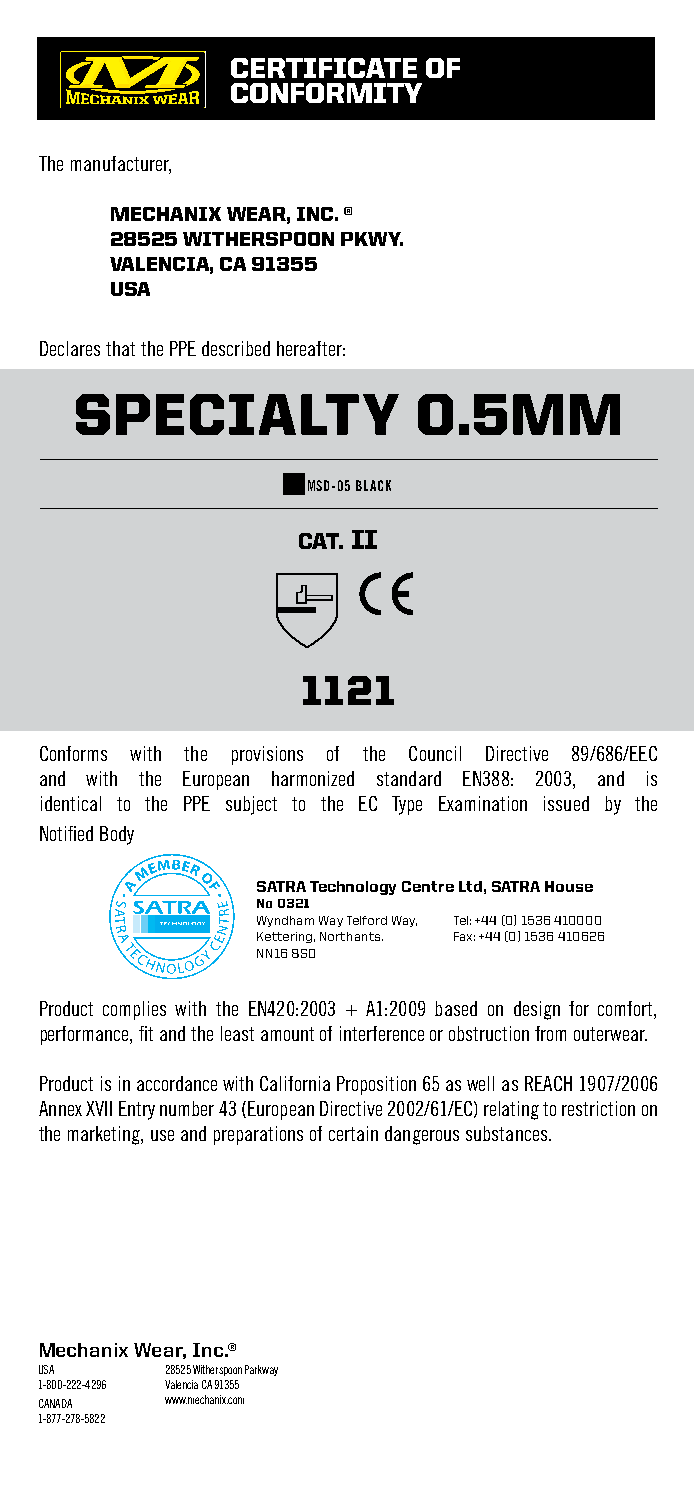
CERTIFICATE  OF
 CONFORMITY
 The manufacturer,
 MECHANIX WEAR, INC. ®
 28525 WITHERSPOON PKWY.
 VALENCIA, CA 91355
 USA
 Declares that the PPE described hereafter:
 SPECIALTY              0.5MM
 MSD-05 BLACK
 CAT. II
 1121
 Conforms with the provisions of the Council Directive 89/686/EEC
 and with the European harmonized standard EN388: 2003, and is
 identical to the PPE subject to the EC Type Examination issued by the
 Notified Body
 SATRA Technology Centre Ltd, SATRA House
 No 0321
 Wyndham Way Telford Way, Tel: +44 (0) 1536 410000
 Kettering, Northants. Fax: +44 (0) 1536 410626
 NN16 8SD
 Product complies with the EN420:2003 + A1:2009 based on design for comfort,
 performance, fit and the least amount of interference or obstruction from outerwear.
 Product is in accordance with California Proposition 65 as well as REACH 1907/2006
 Annex XVII Entry number 43 (European Directive 2002/61/EC) relating to restriction on
 the marketing, use and preparations of certain dangerous substances.
 Mechanix Wear, Inc.®
 USA      28525 Witherspoon Parkway
 1-800-222-4296 Valencia CA 91355
 CANADA   www.mechanix.com
 1-877-278-5822